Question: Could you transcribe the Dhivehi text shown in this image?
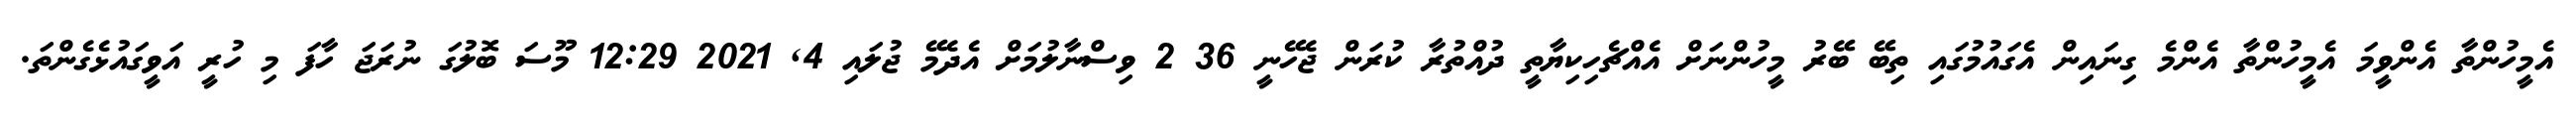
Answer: އެމީހުންތާ އެންވީމަ އެމީހުންތާ އެންމެ ގިނައިން އެގައުމުގައި ތިބޭ ބޭރު މީހުންނަށް އެއްޗެހިކިޔާތީ ދުއްތުރާ ކުރަން ޖެހޭނީ 36 2 ވިސްނާލުމަށް އެދެމޭ ޖުލައި 4, 2021 12:29 މޫސަ ބޮލުގަ ނުރަޖަ ހާފަ މި ހުރީ އަވީގައުޅެގެންތަ.